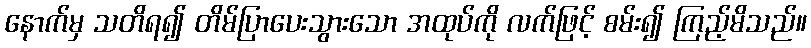
နောက်မှ သတိရ၍ တိမ်ပြာပေးသွားသော အထုပ်ကို လက်ဖြင့် စမ်း၍ ကြည့်မိသည်။